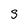
Character: S